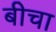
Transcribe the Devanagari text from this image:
बीचा